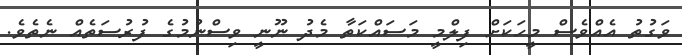
ވަގުތު އެއްވެސް މީހަކަށް ފިލްމީ މަސައްކަތާ މެދު ނޫނީ ވިސްނުމުގެ ފުރުސަތެއް ނެތެވެ.